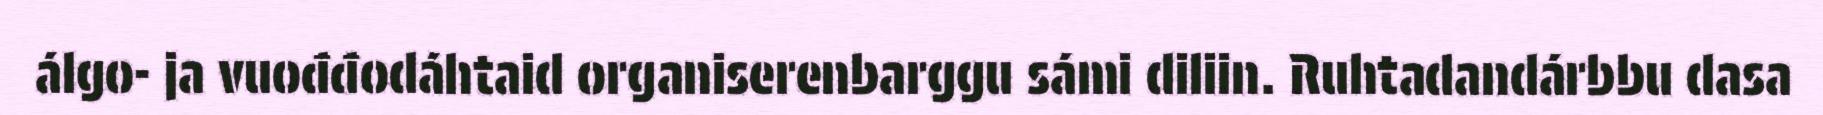
álgo- ja vuođđodáhtaid organiserenbarggu sámi diliin. Ruhtadandárbbu dasa